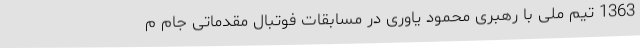
1363 تیم ملی با رهبری محمود یاوری در مسابقات فوتبال مقدماتی جام م